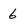
Character: 6